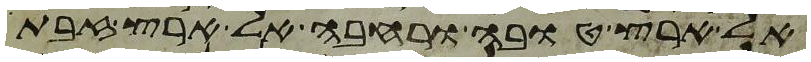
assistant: אל ארץ טובה ורחבה אל ארץ זבת